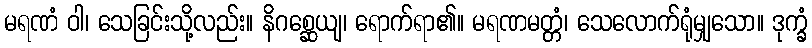
မရဏံ ဝါ၊ သေခြင်းသို့လည်း။ နိဂစ္ဆေယျ၊ ရောက်ရာ၏။ မရဏမတ္တံ၊ သေလောက်ရုံမျှသော။ ဒုက္ခံ